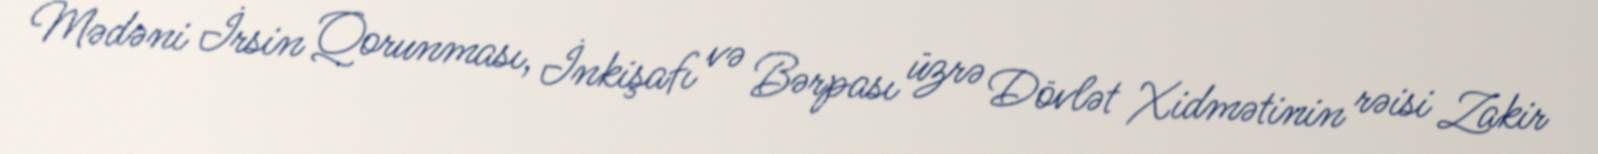
Mədəni İrsin Qorunması, İnkişafı və Bərpası üzrə Dövlət Xidmətinin rəisi Zakir